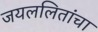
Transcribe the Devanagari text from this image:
जयललितांचा